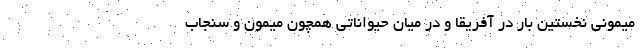
میمونی نخستین بار در آفریقا و در میان حیواناتی همچون میمون و سنجاب